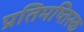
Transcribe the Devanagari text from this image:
प्रतिमष्तिस्क